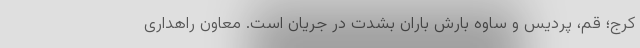
کرج؛ قم، پردیس و ساوه بارش باران بشدت در جریان است. معاون راهداری